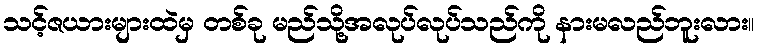
သင့်ဇယားများထဲမှ တစ်ခု မည်သို့အလုပ်လုပ်သည်ကို နားမလည်ဘူးလား။